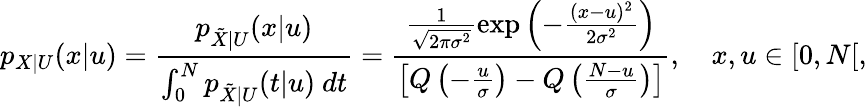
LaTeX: p_{X|U}(x|u)=\frac{p_{\tilde{X}|U}(x|u)}{\int_{0}^{N}p_{\tilde{X}|U}(t|u)~dt}=\frac{\frac{1}{\sqrt{2\pi\sigma^{2}}}\exp\left(-\frac{(x-u)^{2}}{2\sigma^{2}}\right)}{\left[Q\left(-\frac{u}{\sigma}\right)-Q\left(\frac{N-u}{\sigma}\right)\right]},~~~~x,u\in[0,N[,